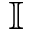
\mathbb { I }